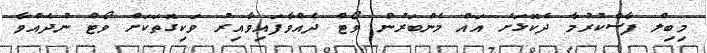
މިބިލް ފާސްކުރުމާ ދެކޮޅަށް އައް މެންބަރުން ވޯޓް ދެއްވާފައިވާއިރު ވަކިގޮތަކަށް ވޯޓް ނުދެއްވާ